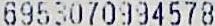
6953070994578